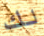
لك